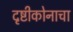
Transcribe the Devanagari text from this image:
दृष्टीकोनाचा